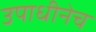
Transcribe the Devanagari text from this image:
उपाधीनेच